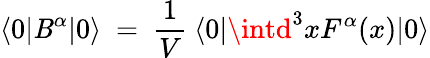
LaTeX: \langle0|\mathit{B}^{\alpha}|0\rangle\ =\ \frac{1}{V}\ \langle0|\intd^{3}xF^{\alpha}(x)|0\rangle